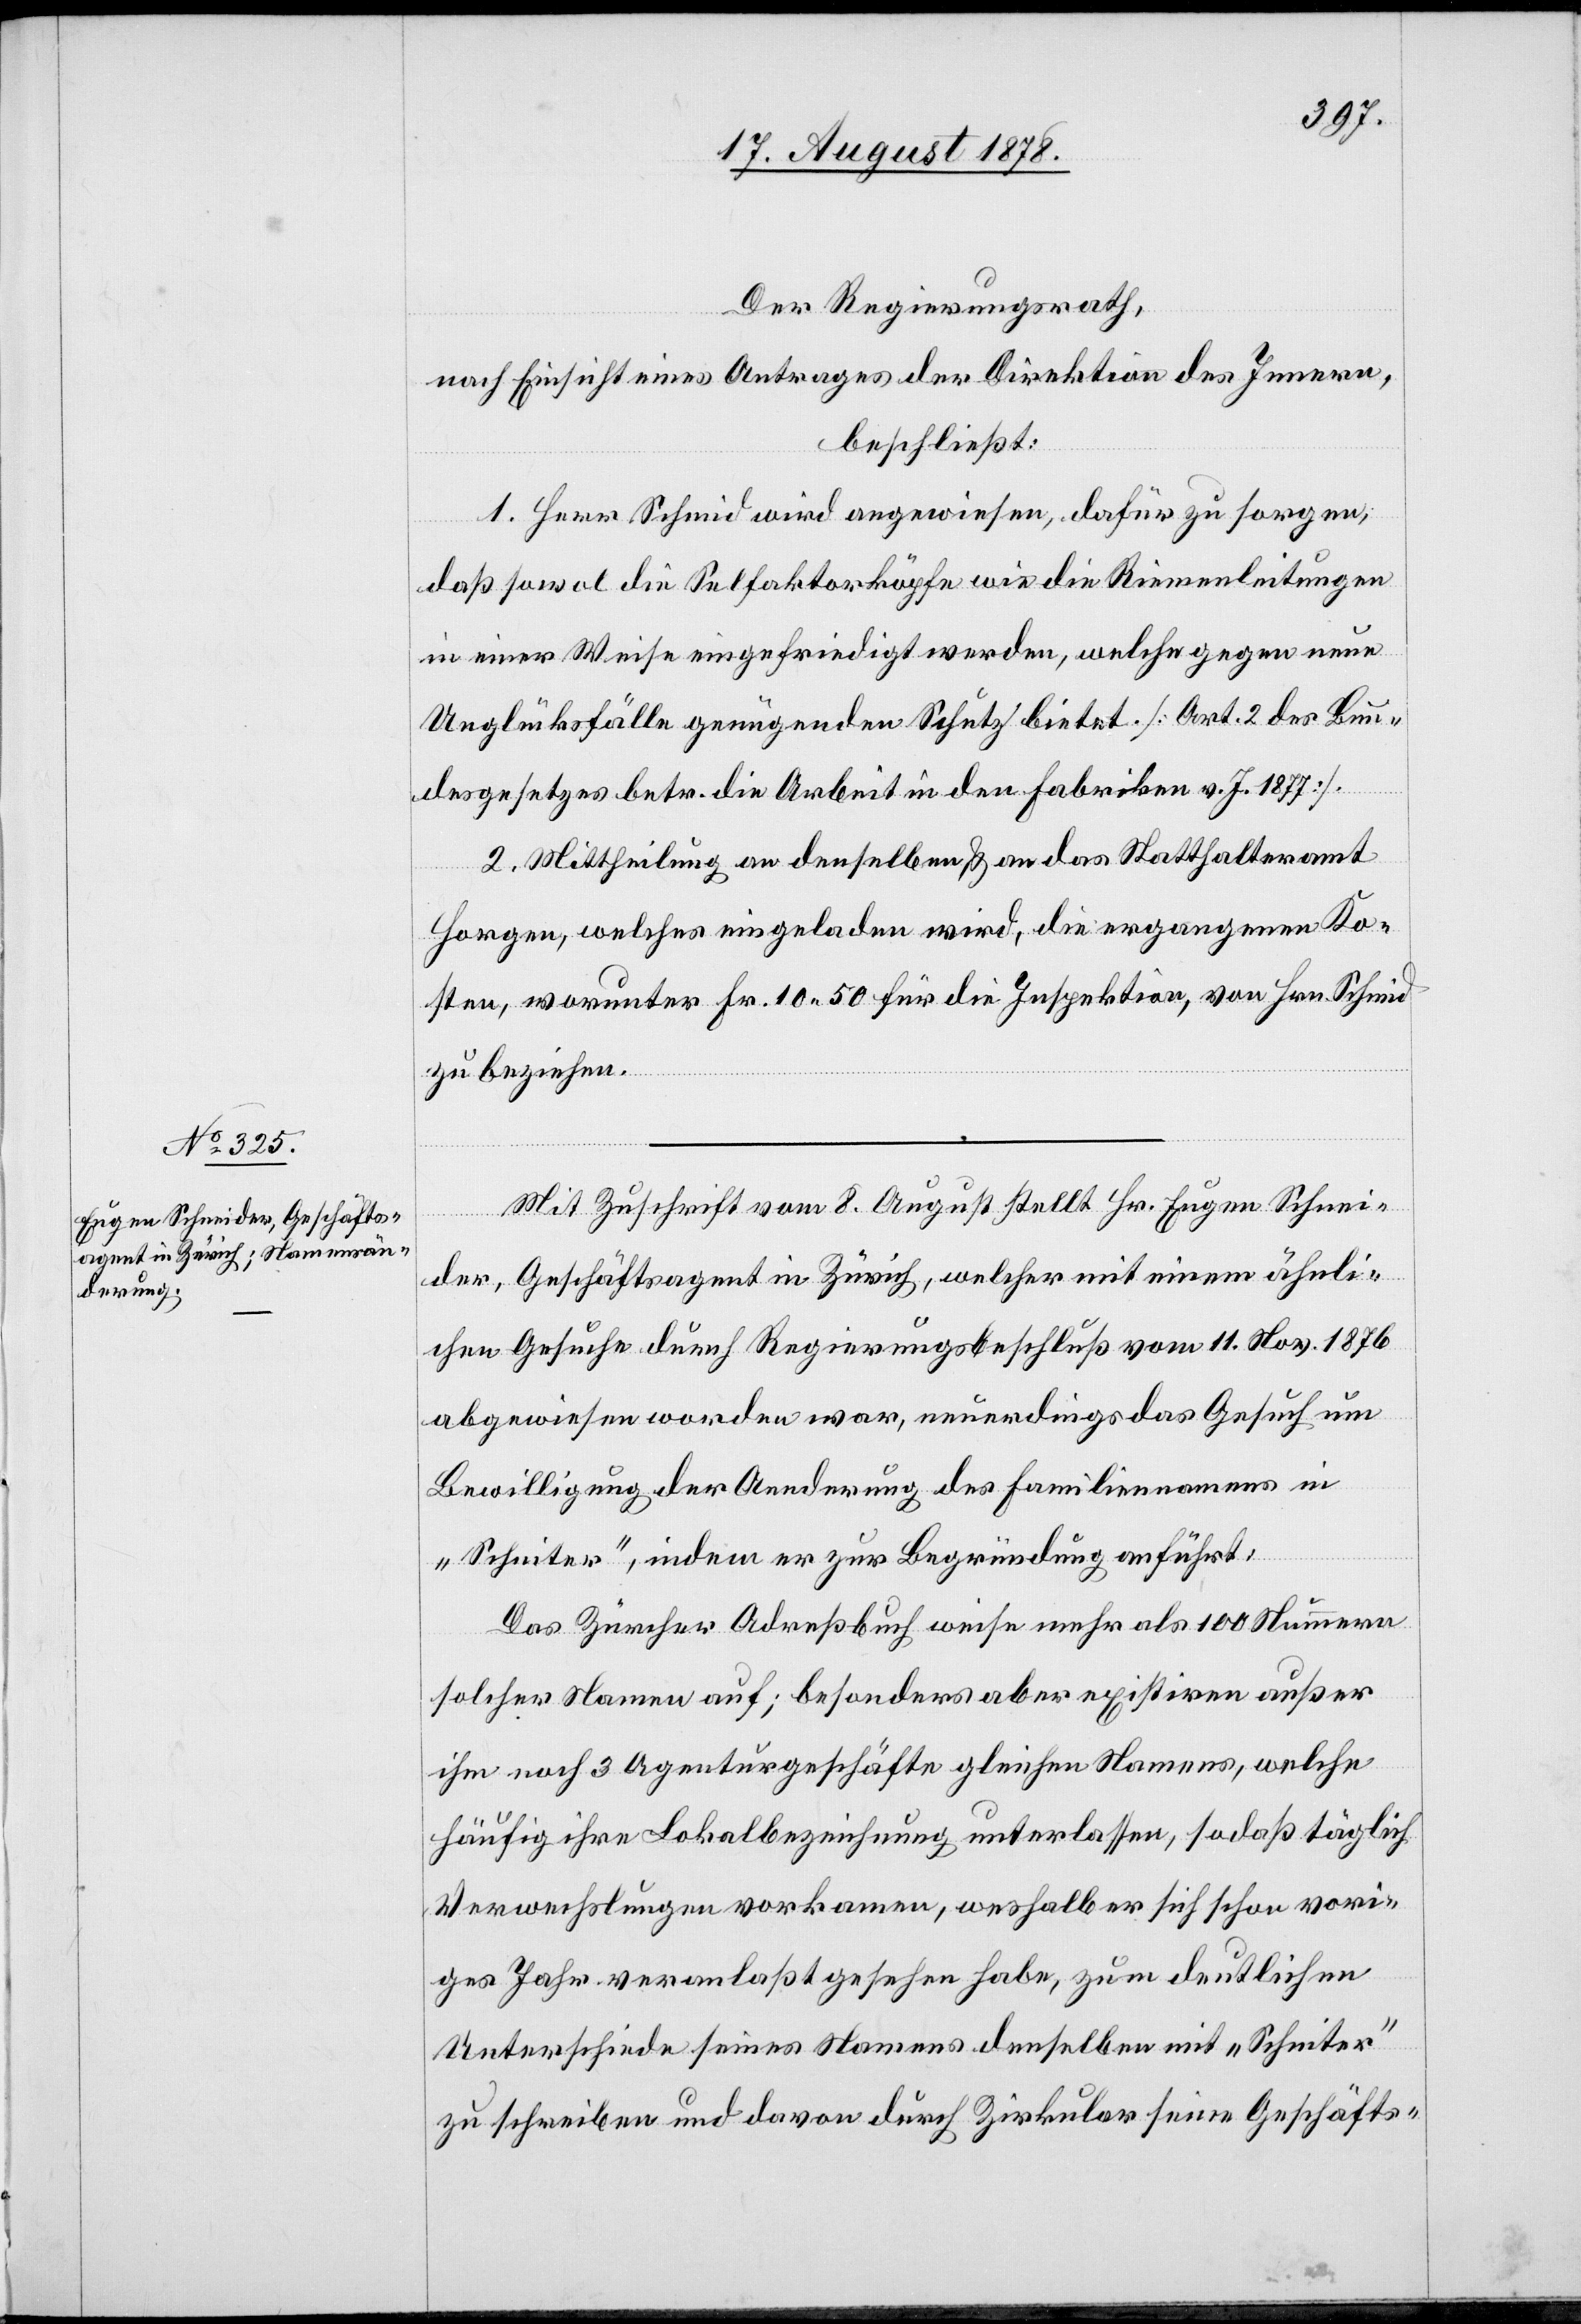
Der Regierungsrath,
nach Einsicht eines Antrages der Direktion des Innern,
beschließt:
1. Herr Schmid wird angewiesen, dafür zu sorgen,
daß sowol die Selfaktorköpfe wie die Riemenleitungen
in einer Weise eingefriedigt werden, welche gegen neue
Unglücksfälle genügenden Schutz bietet. [Art. 2 des Bun¬
desgesetzes betr. die Arbeit in den Fabriken v. Jahr 1877].
2. Mittheilung an denselben & an das Statthalteramt
Horgen, welches eingeladen wird, die ergangenen Ko¬
sten, worunter Fr. 10 50 für die Inspektion, von Hrn. Schmid
zu beziehen.